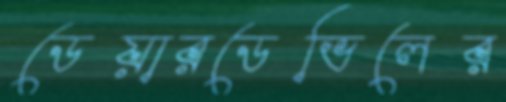
ডেয়ারডেভিলের